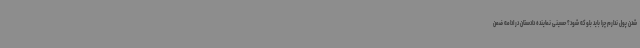
شدن پول ندارم چرا باید بلوکه شود؟ حسینی نماینده دادستان در ادامه ضمن